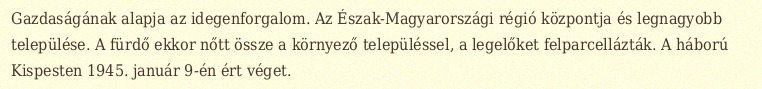
Gazdaságának alapja az idegenforgalom. Az Észak-Magyarországi régió központja és legnagyobb települése. A fürdő ekkor nőtt össze a környező településsel, a legelőket felparcellázták. A háború Kispesten 1945. január 9-én ért véget.